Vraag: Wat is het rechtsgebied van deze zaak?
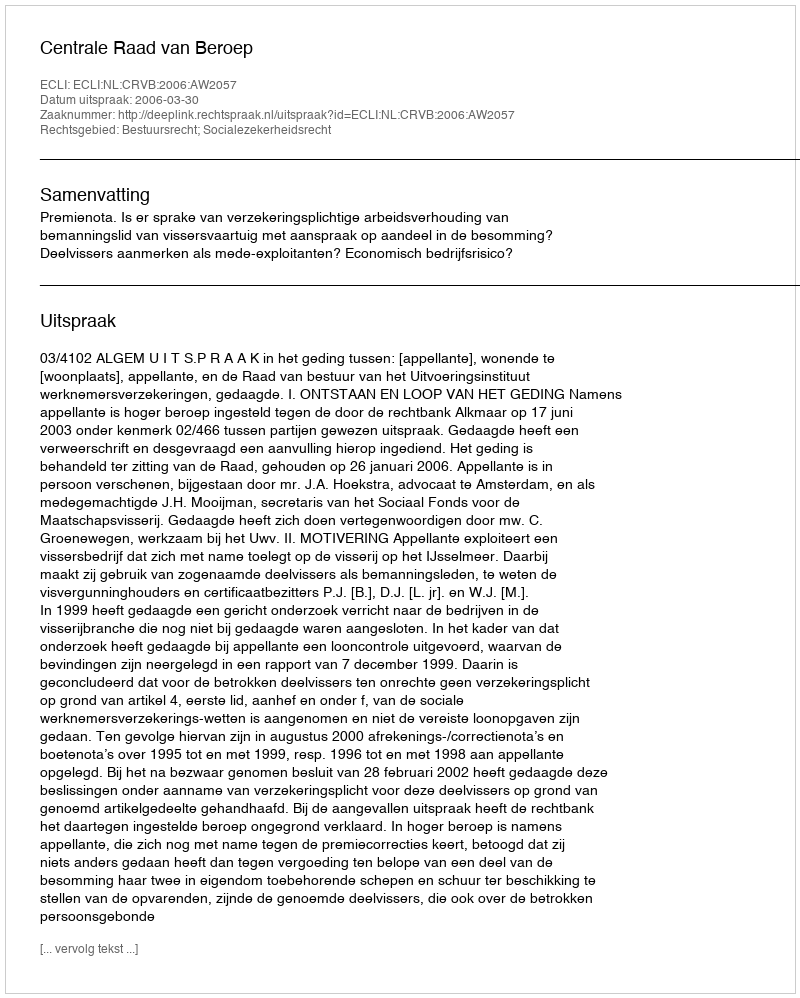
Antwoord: Bestuursrecht; Socialezekerheidsrecht